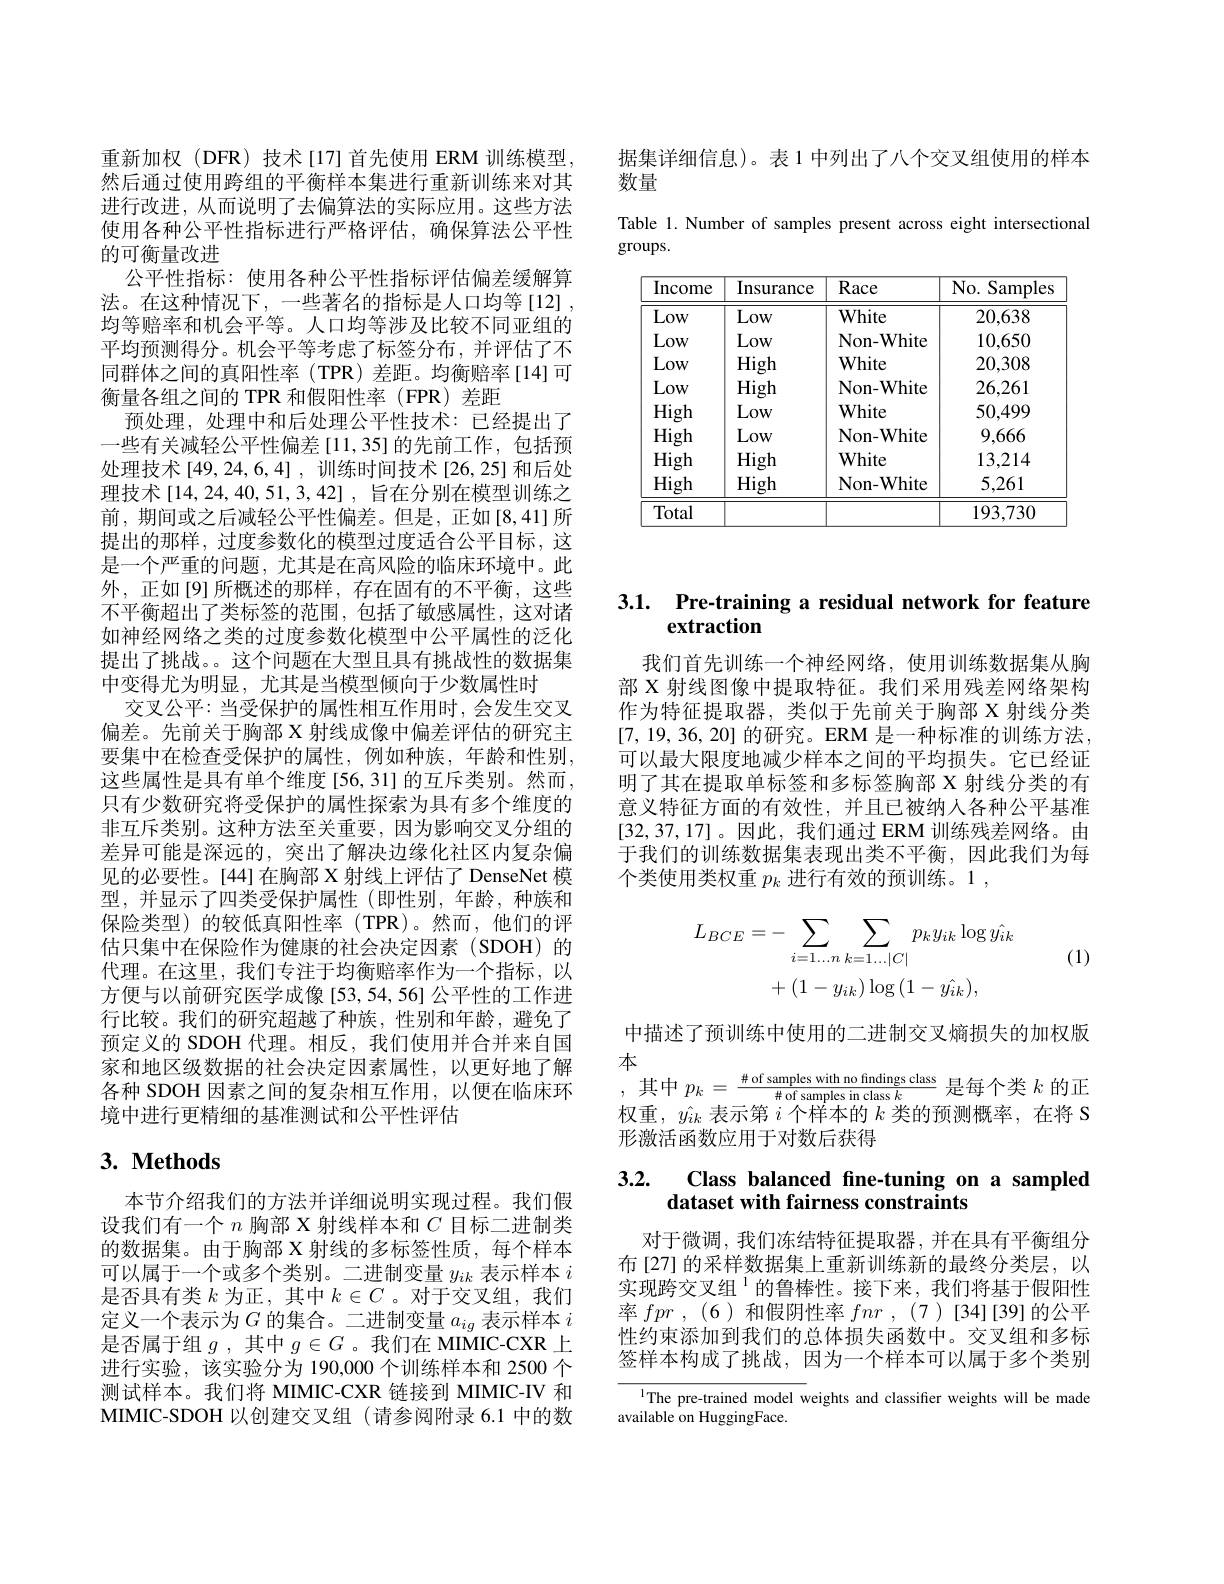
据集详细信息)。表 1 中列出了八个交叉组使用的样本
数量
Table 1. Number of samples present across eight intersectional

groups.

<table>
	<tbody>
		<tr>
			<th>Income</th>
			<th>Insurance</th>
			<th>Race</th>
			<th>No. Samples</th>
		</tr>
		<tr>
			<td>Low</td>
			<td>Low</td>
			<td>White</td>
			<td>20,638</td>
		</tr>
		<tr>
			<td>Low</td>
			<td>Low</td>
			<td>Non- White</td>
			<td>10,650</td>
		</tr>
		<tr>
			<td>Low</td>
			<td>High</td>
			<td>White</td>
			<td>20,308</td>
		</tr>
		<tr>
			<td>Low</td>
			<td>High</td>
			<td>Non- White</td>
			<td>26,261</td>
		</tr>
		<tr>
			<td>High</td>
			<td>Low</td>
			<td>White</td>
			<td>50,499</td>
		</tr>
		<tr>
			<td>High</td>
			<td>Low</td>
			<td>Non- White</td>
			<td>9,666</td>
		</tr>
		<tr>
			<td>High</td>
			<td>High</td>
			<td>White</td>
			<td>13,214</td>
		</tr>
		<tr>
			<td>High</td>
			<td>High</td>
			<td>Non- White</td>
			<td>5,261</td>
		</tr>
		<tr>
			<td>Total</td>
			<td> </td>
			<td> </td>
			<td>193,730</td>
		</tr>
	</tbody>
</table>

重新加权(DFR)技术[17]首先使用 ERM 训练模型， 然后通过使用跨组的平衡样本集进行重新训练来对其进行改进，从而说明了去偏算法的实际应用。这些方法使用各种公平性指标进行严格评估，确保算法公平性的可衡量改进
公平性指标：使用各种公平性指标评估偏差缓解算法。在这种情况下，一些著名的指标是人口均等[12] , 均等赔率和机会平等。人口均等涉及比较不同亚组的平均预测得分。机会平等考虑了标签分布，并评估了不同群体之间的真阳性率(TPR)差距。均衡赔率[14]可衡量各组之间的 TPR 和假阳性率(FPR)差距
预处理，处理中和后处理公平性技术：已经提出了一些有关减轻公平性偏差[11,35]的先前工作，包括预处理技术[49,24,6,4],训练时间技术[26,25]和后处理技术[14,24,40,51,3,42],旨在分别在模型训练之前，期间或之后减轻公平性偏差。但是，正如[8,41]所提出的那样，过度参数化的模型过度适合公平目标，这是一个严重的问题，尤其是在高风险的临床环境中。此外，正如[9]所概述的那样，存在固有的不平衡，这些不平衡超出了类标签的范围，包括了敏感属性，这对诸如神经网络之类的过度参数化模型中公平属性的泛化提出了挑战。。这个问题在大型且具有挑战性的数据集中变得尤为明显，尤其是当模型倾向于少数属性时
交叉公平：当受保护的属性相互作用时，会发生交叉偏差。先前关于胸部 X 射线成像中偏差评估的研究主要集中在检查受保护的属性，例如种族，年龄和性别， 这些属性是具有单个维度[56,31]的互斥类别。然而， 只有少数研究将受保护的属性探索为具有多个维度的非互斥类别。这种方法至关重要，因为影响交叉分组的差异可能是深远的，突出了解决边缘化社区内复杂偏见的必要性。[44]在胸部 X 射线上评估了 DenseNet 模型，并显示了四类受保护属性(即性别，年龄，种族和保险类型)的较低真阳性率(TPR)。然而，他们的评估只集中在保险作为健康的社会决定因素(SDOH)的代理。在这里，我们专注于均衡赔率作为一个指标，以方便与以前研究医学成像[53,54,56]公平性的工作进行比较。我们的研究超越了种族，性别和年龄，避免了预定义的 SDOH 代理。相反，我们使用并合并来自国家和地区级数据的社会决定因素属性，以更好地了解各种 SDOH 因素之间的复杂相互作用，以便在临床环境中进行更精细的基准测试和公平性评估
3. Methods

本节介绍我们的方法并详细说明实现过程。我们假设我们有一个$n$胸部 X 射线样本和$C$目标二进制类的数据集。由于胸部 X 射线的多标签性质，每个样本可以属于一个或多个类别。二进制变量$y_{ik}$表示样本$i$ 是否具有类$k$为正，其中$k\in C$ 。对于交叉组，我们定义一个表示为$G$的集合。二进制变量$a_ig$表示样本$i$ 是否属于组$g$,其中$g\in G$ 。我们在 MIMIC-CXR 上进行实验，该实验分为 190,000个训练样本和 2500 个测试样本。我们将 MIMIC-CXR 链接到 MIMIC-IV 和MIMIC-SDOH 以创建交叉组 (请参阅附录 6.1 中的数

# 3.1. Pre-training a residual network for feature extraction

我们首先训练一个神经网络，使用训练数据集从胸部 X 射线图像中提取特征。我们采用残差网络架构作为特征提取器，类似于先前关于胸部 X 射线分类[7,19,36,20]的研究。ERM 是一种标准的训练方法， 可以最大限度地减少样本之间的平均损失。它已经证明了其在提取单标签和多标签胸部 X 射线分类的有意义特征方面的有效性，并且已被纳人各种公平基准[32,37,17]。因此，我们通过 ERM 训练残差网络。由于我们的训练数据集表现出类不平衡，因此我们为每个类使用类权重$p_k$进行有效的预训练。1 ,
$$\begin{aligned}L_{BCE}&=-\sum_{i=1...n}\sum_{k=1...|C|}p_{k}y_{ik}\log\hat{y_{ik}}\\&+(1-y_{ik})\log{(1-y_{ik})},\end{aligned}$$
(1)

中描述了预训练中使用的二进制交叉熵损失的加权版
本
其中$p_k=\frac\#$of samples with no findings class$\#$of samples in class $k$是每个类$k$的正权重，$\hat{y_{ik}}$表示第$i$个样本的$k$类的预测概率，在将 S 形激活函数应用于对数后获得

## 3.2. Class balanced fine-tuning on a sampled dataset with fairness constraints

对于微调，我们冻结特征提取器，并在具有平衡组分布[27]的采样数据集上重新训练新的最终分类层，以实现跨交叉组$^{1}$的鲁棒性。接下来，我们将基于假阳性率fpr , (6) 和假阴性率fnr , (7 ) [34] [39]的公平性约束添加到我们的总体损失函数中。交叉组和多标签样本构成了挑战，因为一个样本可以属于多个类别

${^{1}\text{The pre-trained model w}}$eights and classifier weights will be made
available on HuggingFace.